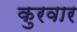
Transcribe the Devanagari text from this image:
कुरवार